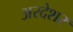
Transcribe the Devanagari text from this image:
अरदेशर